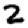
Digit: 2